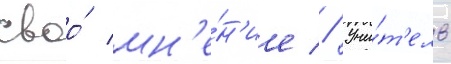
своо́ мн'е́н'ие // Учи́т'ель